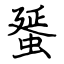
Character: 蜑